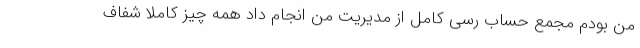
من بودم مجمع حساب رسی کامل از مدیریت من انجام داد همه چیز کاملا شفاف